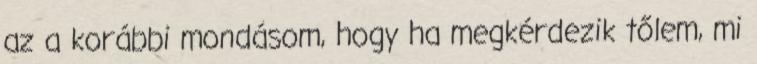
az a korábbi mondásom, hogy ha megkérdezik tőlem, mi